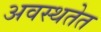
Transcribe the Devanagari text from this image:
अवस्थतेत